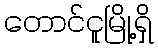
တောင်ငူမြို့ရှိ